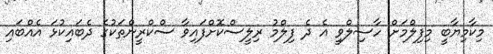
މިކާމިޔާބީ މިފިލްމަށް ހާސިލްވީ އެ ދެ ފިލްމު ރިލީސްކޮށްފައިވާ ސްކްރީންތަކުގެ ދެބައިކުޅަ އެއްބައި